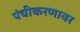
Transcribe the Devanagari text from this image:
पंचीकरणावर